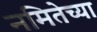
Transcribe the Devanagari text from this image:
नमितेच्या